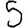
Digit: 5